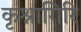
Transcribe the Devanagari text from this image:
कृश्नागिरि